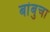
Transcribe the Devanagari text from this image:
बांबुचा